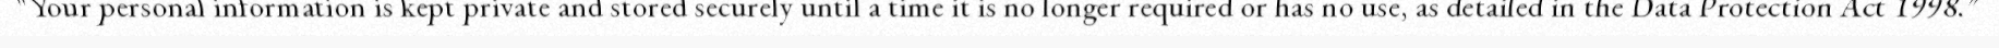
"Your personal information is kept private and stored securely until a time it is no longer required or has no use, as detailed in the Data Protection Act 1998."